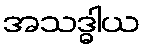
အသဒ္ဓါယ